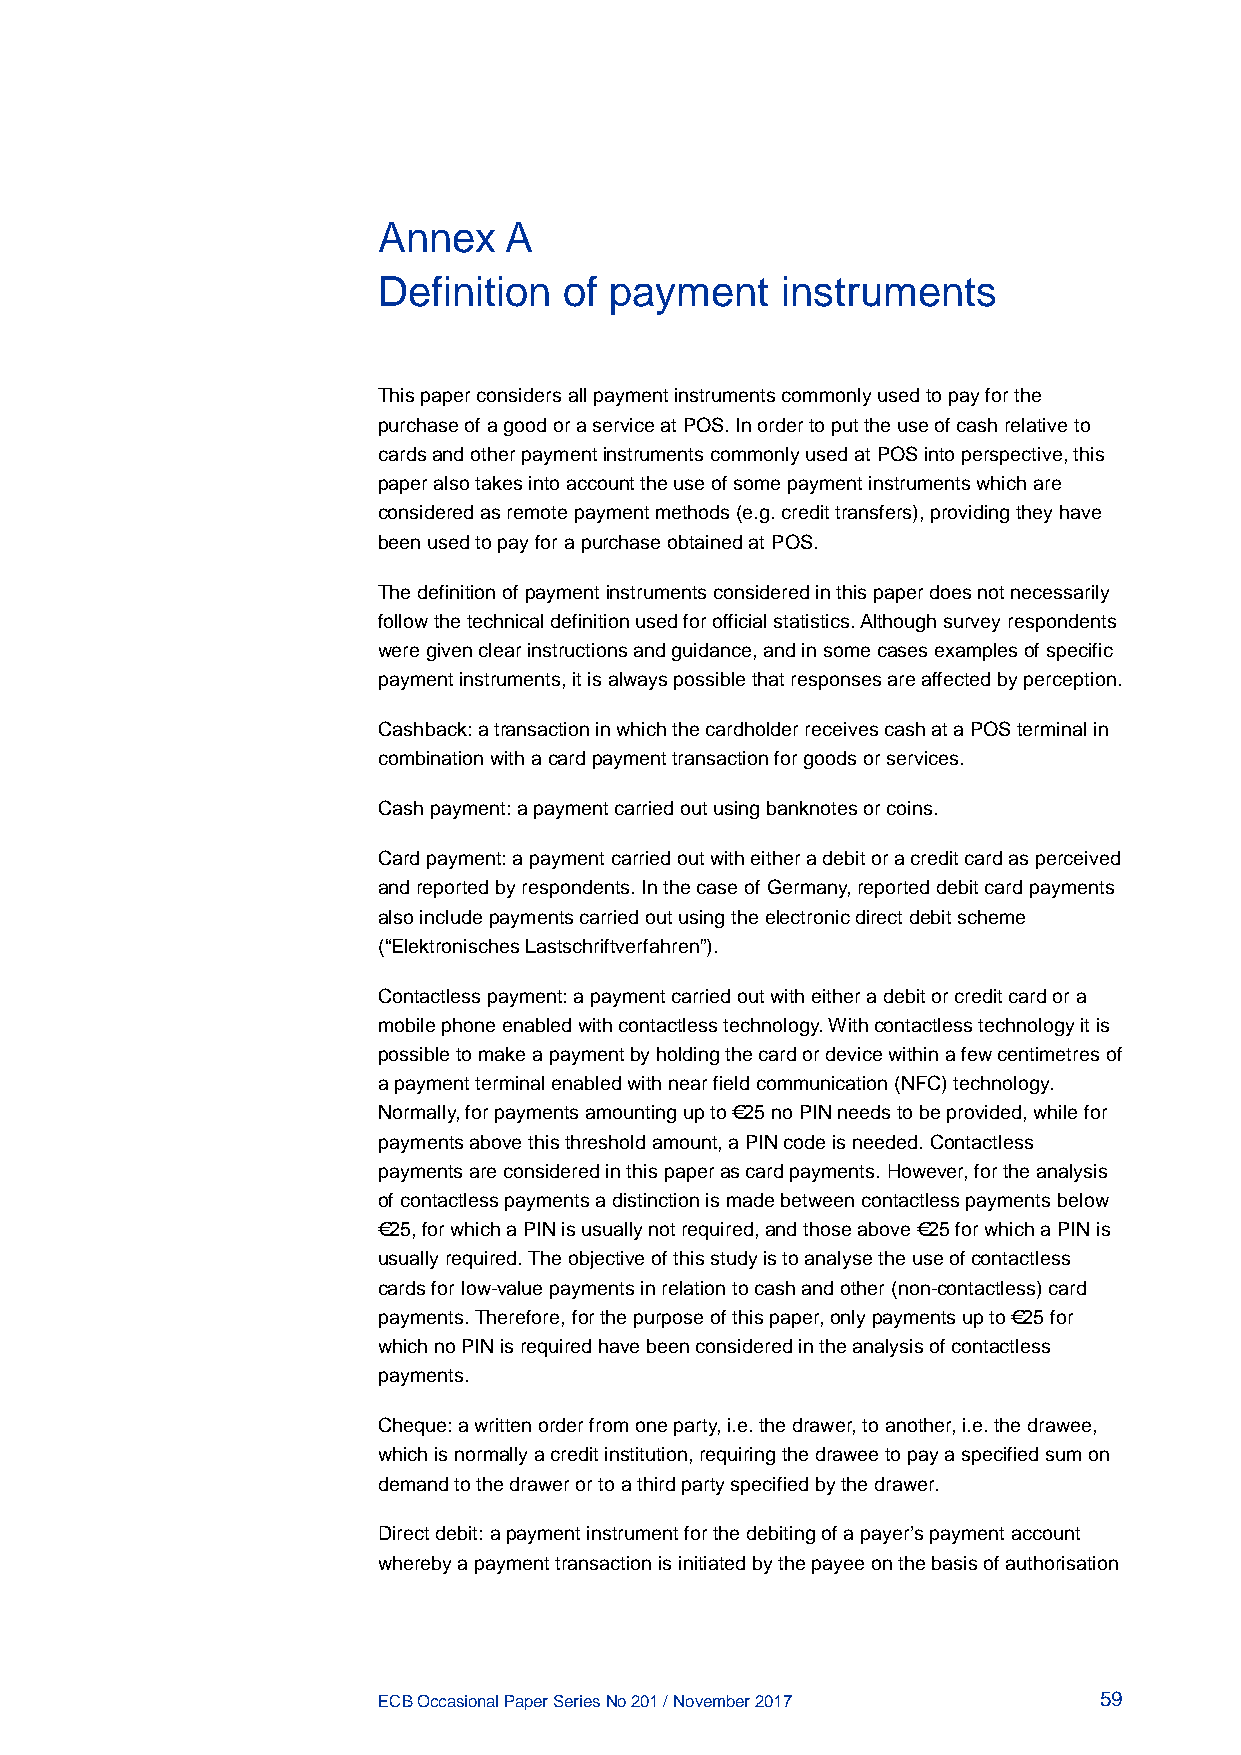
Annex   A
 Definition  of payment     instruments
 This paper considers all payment instruments commonly used to pay for the
 purchase of a good or a service at POS. In order to put the use of cash relative to
 cards and other payment instruments commonly used at POS into perspective, this
 paper also takes into account the use of some payment instruments which are
 considered as remote payment methods (e.g. credit transfers), providing they have
 been used to pay for a purchase obtained at POS.
 The definition of payment instruments considered in this paper does not necessarily
 follow the technical definition used for official statistics. Although survey respondents
 were given clear instructions and guidance, and in some cases examples of specific
 payment instruments, it is always possible that responses are affected by perception.
 Cashback: a transaction in which the cardholder receives cash at a POS terminal in
 combination with a card payment transaction for goods or services.
 Cash payment: a payment carried out using banknotes or coins.
 Card payment: a payment carried out with either a debit or a credit card as perceived
 and reported by respondents. In the case of Germany, reported debit card payments
 also include payments carried out using the electronic direct debit scheme
 (“Elektronisches Lastschriftverfahren”).
 Contactless payment: a payment carried out with either a debit or credit card or a
 mobile phone enabled with contactless technology. With contactless technology it is
 possible to make a payment by holding the card or device within a few centimetres of
 a payment terminal enabled with near field communication (NFC) technology.
 Normally, for payments amounting up to €25 no PIN needs to be provided, while for
 payments above this threshold amount, a PIN code is needed. Contactless
 payments are considered in this paper as card payments. However, for the analysis
 of contactless payments a distinction is made between contactless payments below
 €25, for which a PIN is usually not required, and those above €25 for which a PIN is
 usually required. The objective of this study is to analyse the use of contactless
 cards for low-value payments in relation to cash and other (non-contactless) card
 payments. Therefore, for the purpose of this paper, only payments up to €25 for
 which no PIN is required have been considered in the analysis of contactless
 payments.
 Cheque: a written order from one party, i.e. the drawer, to another, i.e. the drawee,
 which is normally a credit institution, requiring the drawee to pay a specified sum on
 demand to the drawer or to a third party specified by the drawer.
 Direct debit: a payment instrument for the debiting of a payer’s payment account
 whereby a payment transaction is initiated by the payee on the basis of authorisation
 ECB Occasional Paper Series No 201 / November 2017 59